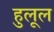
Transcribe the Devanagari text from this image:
हुलूल